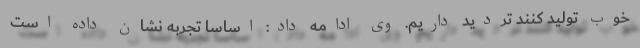
خوب تولید کنند تردید داریم. وی ادامه داد: اساسا تجربه نشان داده است